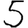
Digit: 5